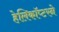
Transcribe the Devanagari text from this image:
हेलिकॉप्टरने